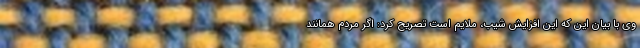
وی با بیان این که این افزایش شیب، ملایم است تصریح کرد: اگر مردم همانند